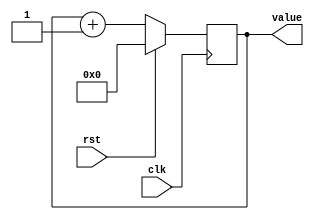
/*
   This file was generated automatically by the Mojo IDE version B1.3.6.
   Do not edit this file directly. Instead edit the original Lucid source.
   This is a temporary file and any changes made to it will be destroyed.
*/

/*
   Parameters:
     SIZE = 8
     DIV = 0
     TOP = 0
     UP = 1
*/
module counter_9 (
    input clk,
    input rst,
    output reg [7:0] value
  );
  
  localparam SIZE = 4'h8;
  localparam DIV = 1'h0;
  localparam TOP = 1'h0;
  localparam UP = 1'h1;
  
  
  reg [7:0] M_ctr_d, M_ctr_q = 1'h0;
  
  localparam MAX_VALUE = 1'h0;
  
  always @* begin
    M_ctr_d = M_ctr_q;
    
    value = M_ctr_q[0+7-:8];
    if (1'h1) begin
      M_ctr_d = M_ctr_q + 1'h1;
      if (1'h0 && M_ctr_q == 1'h0) begin
        M_ctr_d = 1'h0;
      end
    end else begin
      M_ctr_d = M_ctr_q - 1'h1;
      if (1'h0 && M_ctr_q == 1'h0) begin
        M_ctr_d = 1'h0;
      end
    end
  end
  
  always @(posedge clk) begin
    if (rst == 1'b1) begin
      M_ctr_q <= 1'h0;
    end else begin
      M_ctr_q <= M_ctr_d;
    end
  end
  
endmodule